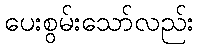
ပေးစွမ်းသော်လည်း